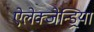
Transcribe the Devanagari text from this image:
ऐलेक्जेन्ड्रिया